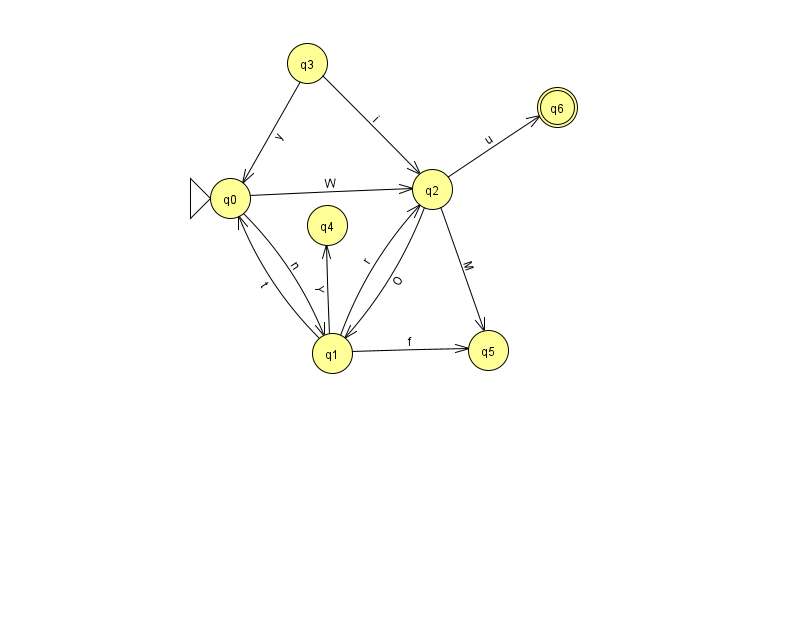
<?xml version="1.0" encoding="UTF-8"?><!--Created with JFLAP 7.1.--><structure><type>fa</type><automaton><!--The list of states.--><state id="0" name="q0"><x>230.0</x><y>185.0</y><initial/></state><state id="1" name="q1"><x>332.0</x><y>340.0</y></state><state id="2" name="q2"><x>432.0</x><y>176.0</y></state><state id="3" name="q3"><x>307.0</x><y>50.0</y></state><state id="4" name="q4"><x>327.0</x><y>212.0</y></state><state id="5" name="q5"><x>488.0</x><y>337.0</y></state><state id="6" name="q6"><x>557.0</x><y>94.0</y><final/></state><!--The list of transitions.--><transition><from>1</from><to>0</to><read>t</read></transition><transition><from>1</from><to>2</to><read>r</read></transition><transition><from>0</from><to>2</to><read>W</read></transition><transition><from>1</from><to>4</to><read>Y</read></transition><transition><from>2</from><to>6</to><read>u</read></transition><transition><from>3</from><to>2</to><read>i</read></transition><transition><from>3</from><to>0</to><read>y</read></transition><transition><from>2</from><to>5</to><read>M</read></transition><transition><from>0</from><to>1</to><read>n</read></transition><transition><from>2</from><to>1</to><read>O</read></transition><transition><from>1</from><to>5</to><read>f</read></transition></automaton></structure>